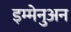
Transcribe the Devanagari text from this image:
इम्मेनुअन